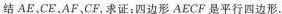
结AE.CE.AF、CF。求证：四边形AECF是平行四边形。